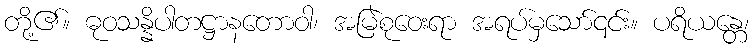
တို့၏။ ဓုဝသန္နိပါတဋ္ဌာနတောဝါ၊ အမြဲစုဝေးရာ အရပ်မှသော်၎င်း။ ပရိယန္တေ၊